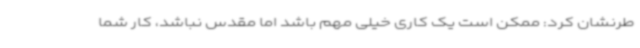
طرنشان کرد: ممکن است یک کاری خیلی مهم باشد اما مقدس نباشد، کار شما